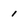
Character: 1